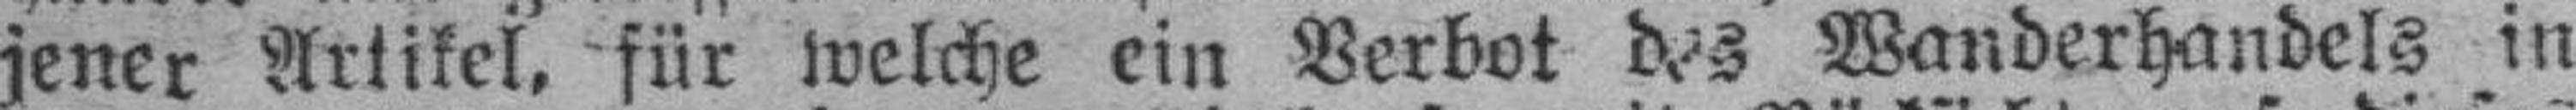
jener Artikel, für welche ein Verbot des Wanderhandels in